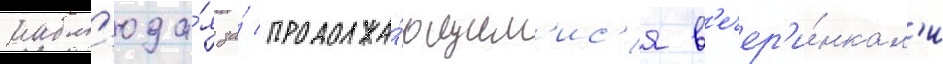
набл'юда́я за́ продолжа́ющим'ис'я в'ечер'и́нкам'и